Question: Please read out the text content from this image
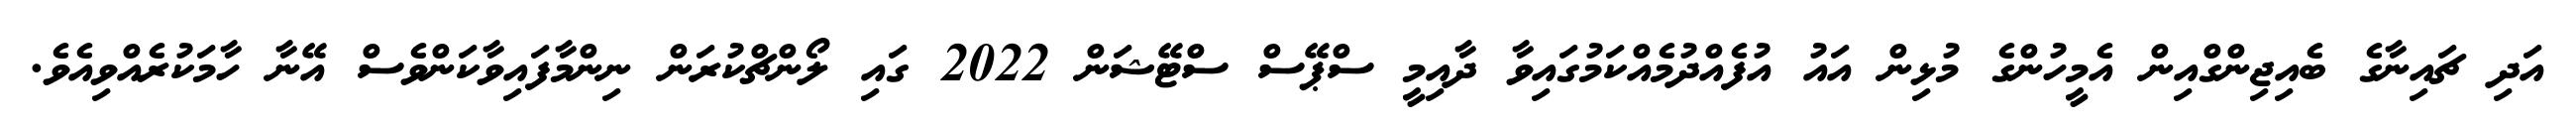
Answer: އަދި ޗައިނާގެ ބެއިޖިންގްއިން އެމީހުންގެ މުޅިން އައު އުފެއްދުމެއްކަމުގައިވާ ދާއިމީ ސްޕޭސް ސްޓޭޝަން 2022 ގައި ލޯންޗްކުރަން ނިންމާފައިވާކަންވެސް އޭނާ ހާމަކުރެއްވިއެވެ.